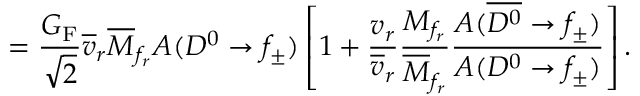
= \frac { G _ { \mathrm { F } } } { \sqrt { 2 } } \overline { { { v } } } _ { r } \overline { { { M } } } _ { f _ { r } } A ( D ^ { 0 } \to f _ { \pm } ) \left[ 1 + \frac { v _ { r } } { \overline { { { v } } } _ { r } } \frac { M _ { f _ { r } } } { \overline { { { M } } } _ { f _ { r } } } \frac { A ( \overline { { { D ^ { 0 } } } } \to f _ { \pm } ) } { A ( D ^ { 0 } \to f _ { \pm } ) } \right] .